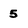
Character: 5